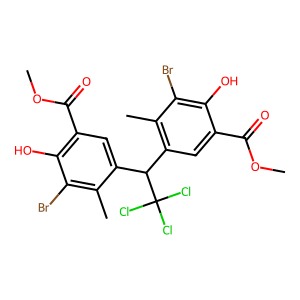
SMILES: COC(=O)c1cc(C(c2cc(C(=O)OC)c(O)c(Br)c2C)C(Cl)(Cl)Cl)c(C)c(Br)c1O
Inhibits HIV replication: No